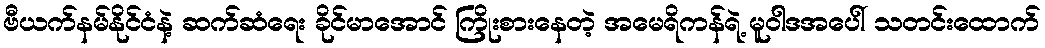
ဗီယက်နမ်နိုင်ငံနဲ့ ဆက်ဆံရေး ခိုင်မာအောင် ကြိုးစားနေတဲ့ အမေရိကန်ရဲ့ မူဝါဒအပေါ် သတင်းထောက်